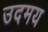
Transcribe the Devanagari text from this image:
उदमय